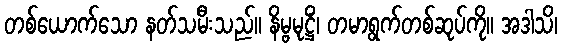
တစ်ယောက်သော နတ်သမီးသည်။ နိမ္ဗမုဋ္ဌိံ၊ တမာရွက်တစ်ဆုပ်ကို။ အဒါသိ၊